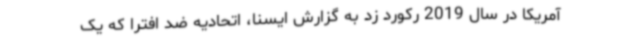
آمریکا در سال 2019 رکورد زد به گزارش ایسنا، اتحادیه ضد افترا که یک